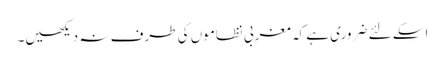
اسکے لئے ضروری ہے کہ مغربی نظاموں کی طرف نہ دیکھیں۔